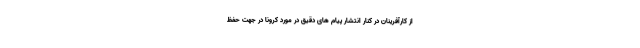
از کارآفرینان در کنار انتشار پیام های دقیق در مورد کرونا در جهت حفظ